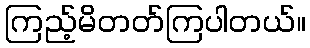
ကြည့်မိတတ်ကြပါတယ်။